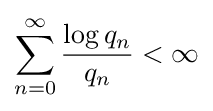
\sum _{n=0}^{\infty }{\frac {\log q_{n}}{q_{n}}}<\infty